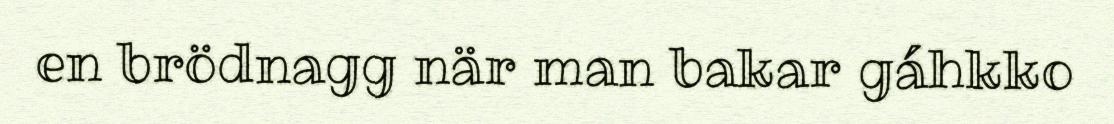
en brödnagg när man bakar gáhkko